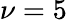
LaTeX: \nu=5